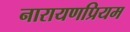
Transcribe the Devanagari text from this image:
नारायणप्रियम